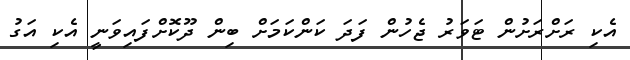
އެކި ރަށްރަށުން ޓަވަރު ޖެހުން ފަދަ ކަންކަމަށް ބިން ދޫކޮށްފައިވަނީ އެކި އަގު